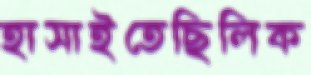
হাসাইতেছিলিক